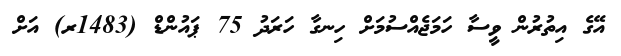
އޭގެ އިތުރުން ވީސާ ހަމަޖެއްސުމަށް ހިނގާ ހަރަދު 75 ޕައުންޑް (1483ރ) އަށް